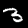
Label: 3